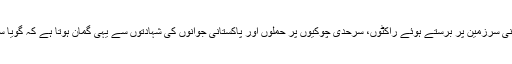
ہائے ہائے امریکہ کے پرفریب نعروں کے شور میں پاکستانی سرزمین پر برستے ہوئے راکٹوں، سرحدی چوکیوں پر حملوں اور پاکستانی جوانوں کی شہادتوں سے یہی گمان ہوتا ہے کہ گویا سرحد کے اس پار سے ایرانی نہیں بھارتی فوج حملہ آور ہیں۔